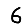
Digit: 6